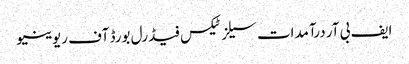
ایف بی آر درآمدات سیلز ٹیکس فیڈرل بورڈ آف ریوینیو